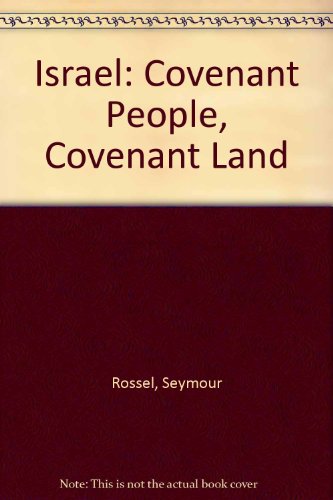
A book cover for Israel: Covenant People, Covenant Land; Seymour Rossel; Teen & Young Adult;